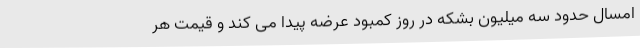
امسال حدود سه میلیون بشکه در روز کمبود عرضه پیدا می کند و قیمت هر